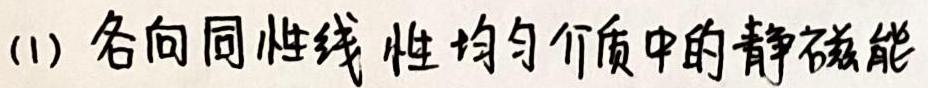
(1) 各向同性线性均匀介质中的静磁能